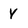
Character: V